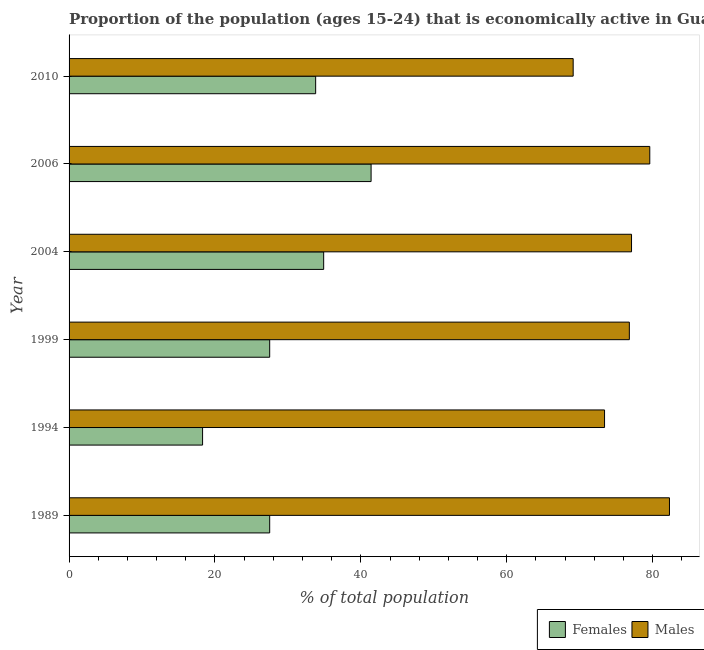
| Year | Females | Males |
 | --- | --- | --- |
 | 1989 | 27.5 | 82.3 |
 | 1994 | 18.3 | 73.4 |
 | 1999 | 27.5 | 76.8 |
 | 2004 | 34.9 | 77.1 |
 | 2006 | 41.4 | 79.6 |
 | 2010 | 33.8 | 69.1 |